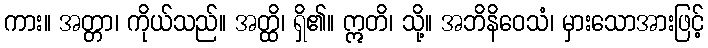
ကား။ အတ္တာ၊ ကိုယ်သည်။ အတ္ထိ၊ ရှိ၏။ ဣတိ၊ သို့။ အဘိနိဝေသံ၊ မှားသောအားဖြင့်